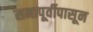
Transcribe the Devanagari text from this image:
सनापूर्वीपासून